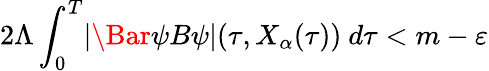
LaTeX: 2\Lambda\int_{0}^{T}\lvert\Bar{\psi}B\psi\rvert(\tau,X_{\alpha}(\tau))\ d\tau<m-\varepsilon